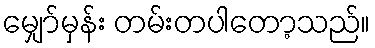
မျှော်မှန်း တမ်းတပါတော့သည်။